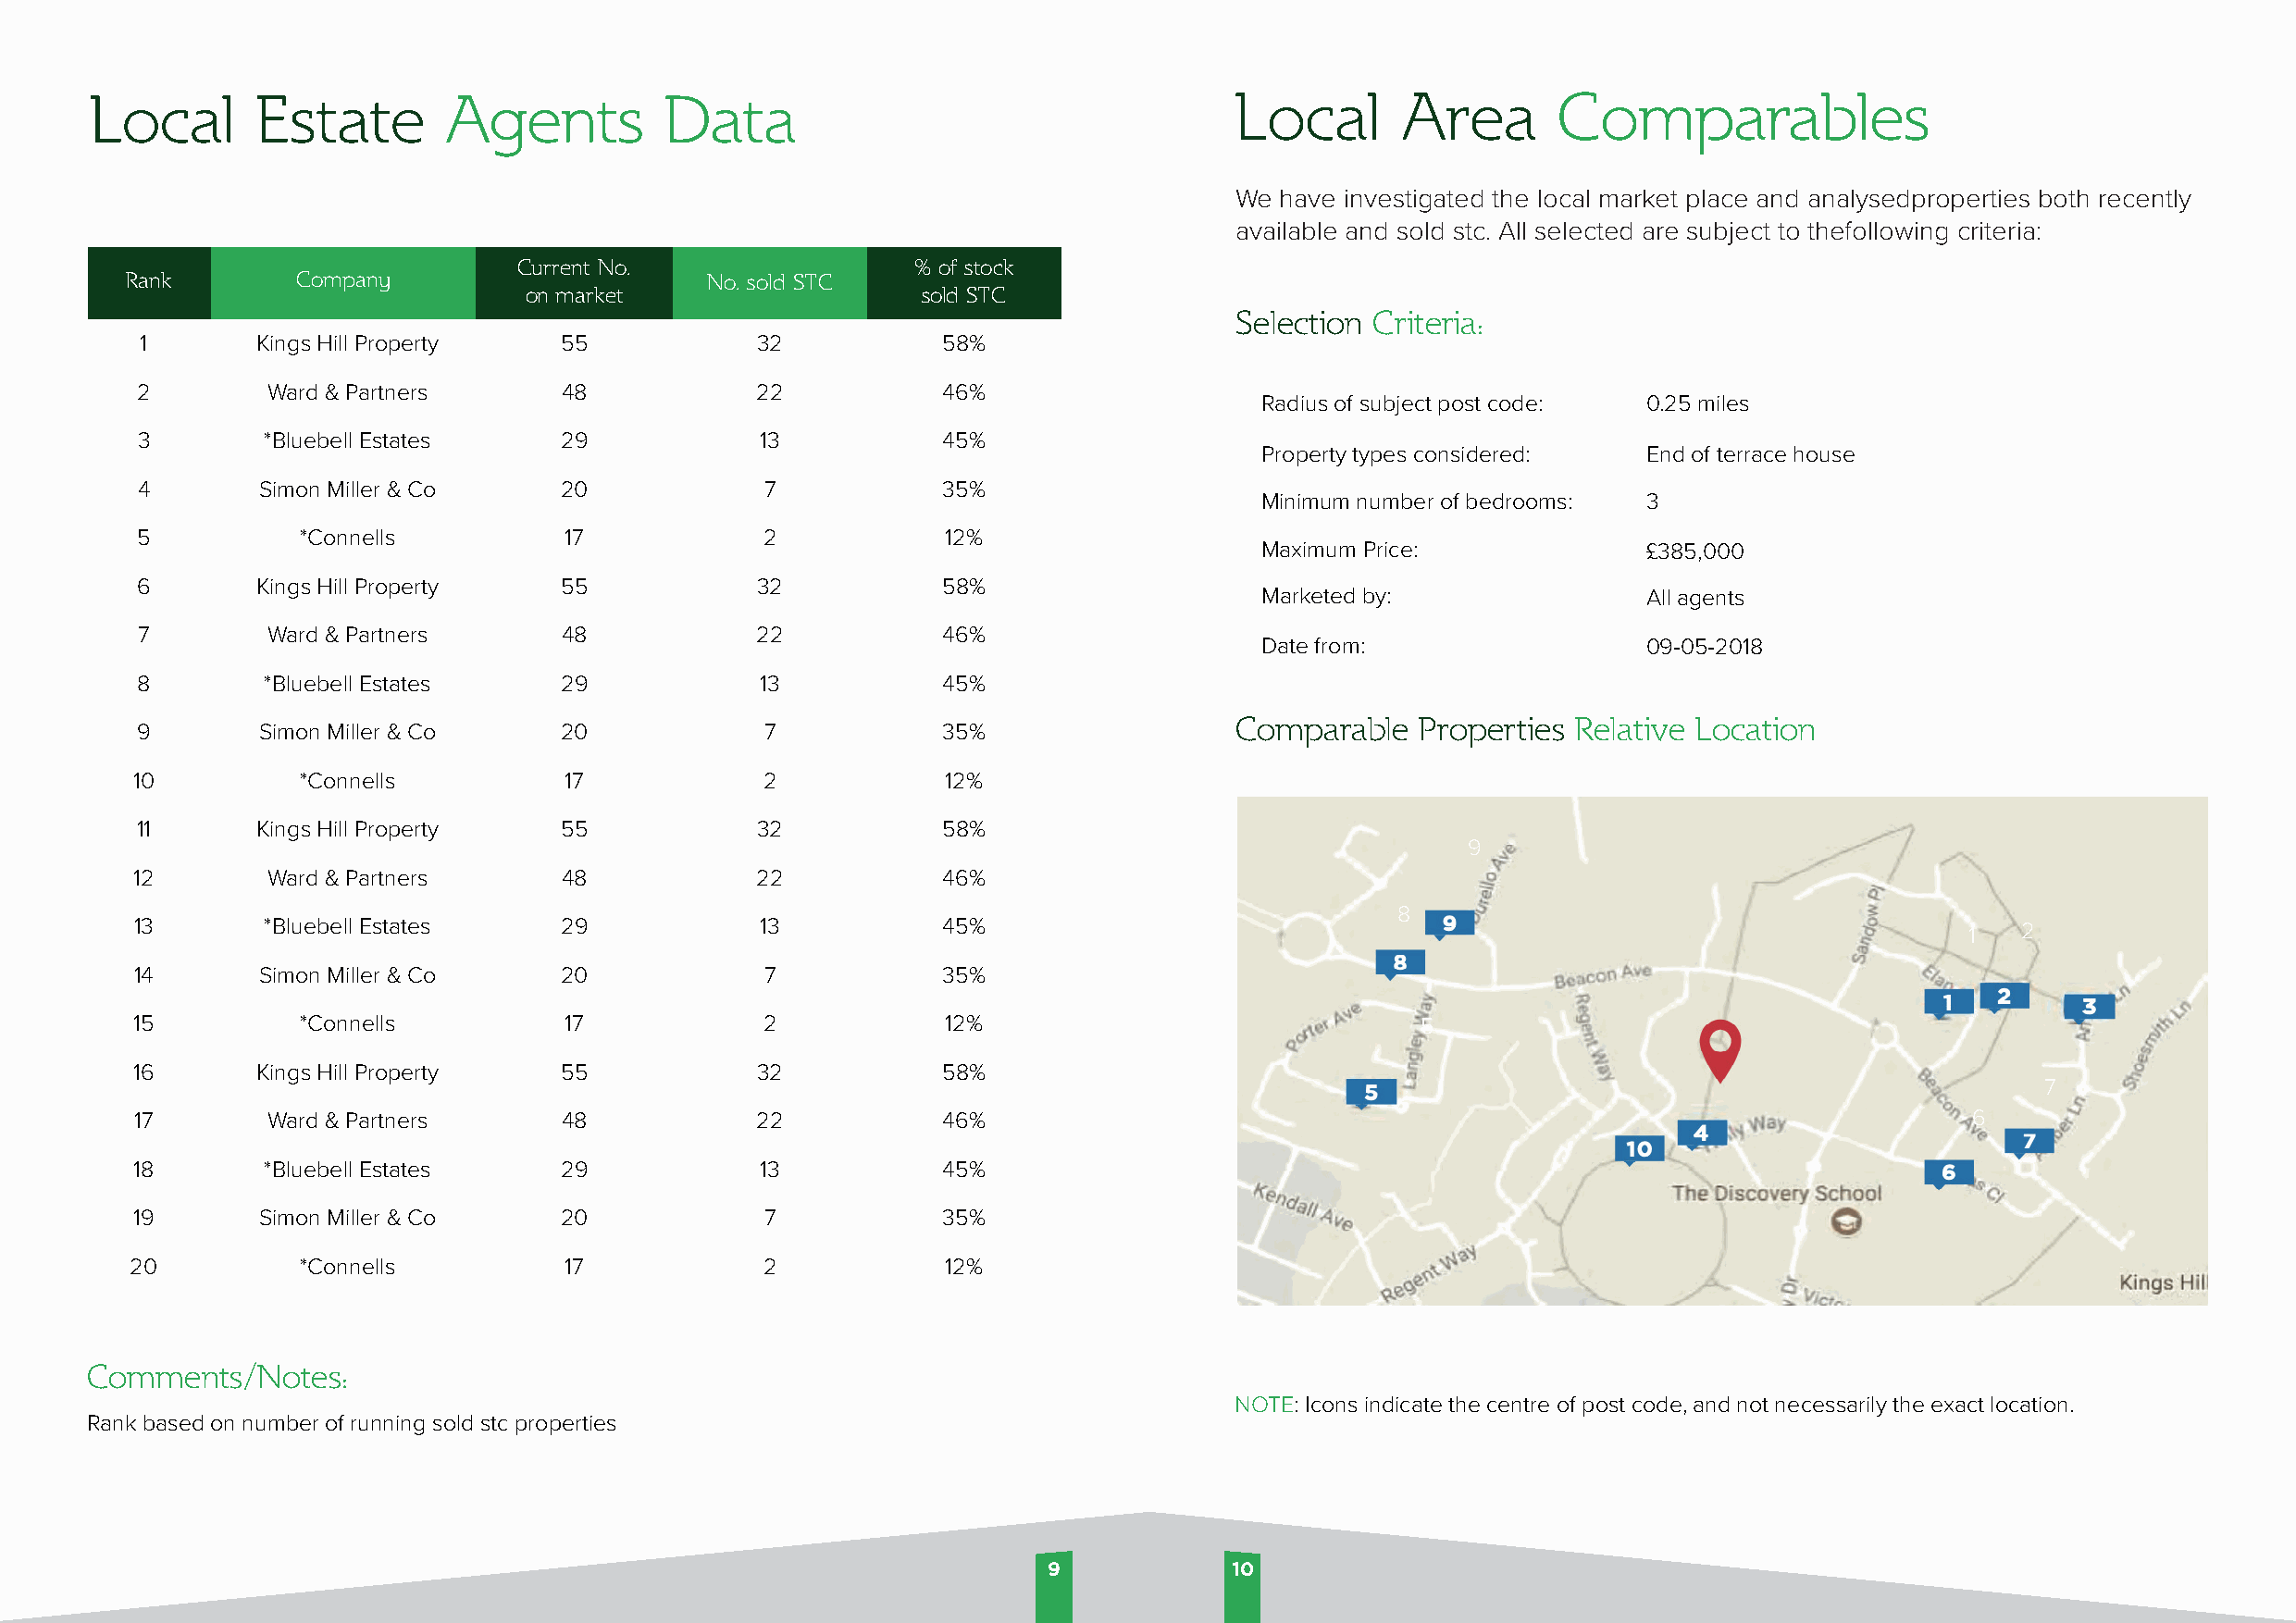
Local       Estate        Agents          Data                                    Local       Area       Comparables
 We  have investigated the local market place and analysedproperties both recently
 available and sold stc. All selected are subject to thefollowing criteria:
 Current No.                 % of stock
 Rank        Company                       No. sold STC
 on market                   sold STC
 Selection Criteria:
 1       Kings Hill Property   55            32           58%
 2        Ward & Partners      48            22           46%
 Radius of subject post code: 0.25 miles
 3        *Bluebell Estates    29            13           45%
 Property types considered:  End of terrace house
 4        Simon Miller & Co    20             7           35%
 Minimum number of bedrooms: 3
 5          *Connells          17             2            12%
 Maximum Price:              £385,000
 6       Kings Hill Property   55            32           58%
 Marketed by:                All agents
 7        Ward & Partners      48            22           46%
 Date from:                  09-05-2018
 8        *Bluebell Estates    29            13           45%
 Comparable    Properties Relative Location
 9        Simon Miller & Co    20             7           35%
 10         *Connells          17             2            12%
 11      Kings Hill Property   55            32           58%
 9
 12       Ward & Partners      48            22           46%
 8
 13       *Bluebell Estates    29            13           45%                                                                       1   2
 14       Simon Miller & Co    20             7           35%
 15         *Connells          17             2            12%                               5
 16      Kings Hill Property   55            32           58%
 7
 17       Ward & Partners      48            22           46%                                                                       6
 AM I CHANGING THIS BACK TO ORIGINAL MAP
 18       *Bluebell Estates    29            13           45%
 19       Simon Miller & Co    20             7           35%
 20          *Connells          17             2            12%
 Comments/Notes:
 NOTE: Icons indicate the centre of post code, and not necessarily the exact location.
 Rank based on number of running sold stc properties
 9            1100